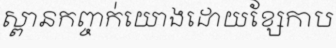
ស្ពានកញ្ចក់យោងដោយខ្សែកាប